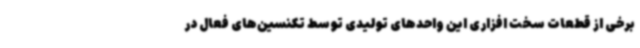
برخی از قطعات سخت افزاری این واحدهای تولیدی توسط تکنسین‌های فعال در